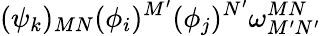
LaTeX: (\psi_{k})_{MN}(\phi_{i})^{M^{\prime}}(\phi_{j})^{N^{\prime}}\omega_{M^{\prime}N^{\prime}}^{MN}